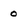
Character: 0